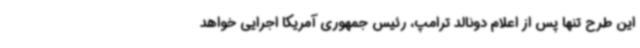
این طرح تنها پس از اعلام دونالد ترامپ، رئیس جمهوری آمریکا اجرایی خواهد